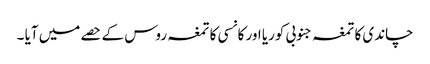
چاندی کا تمغہ جنوبی کوریا اور کانسی کا تمغہ روس کے حصے میں آیا ۔